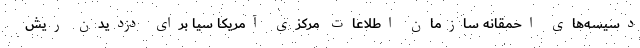
دسیسه‌های احمقانه سازمان اطلاعات مرکزی آمریکا سیا برای دزدیدن ریش